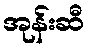
အုန်းဆီ